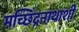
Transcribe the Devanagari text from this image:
मच्छिंद्रनाथाशी